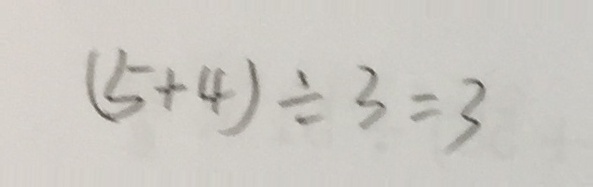
( 5 + 4 ) \div 3 = 3